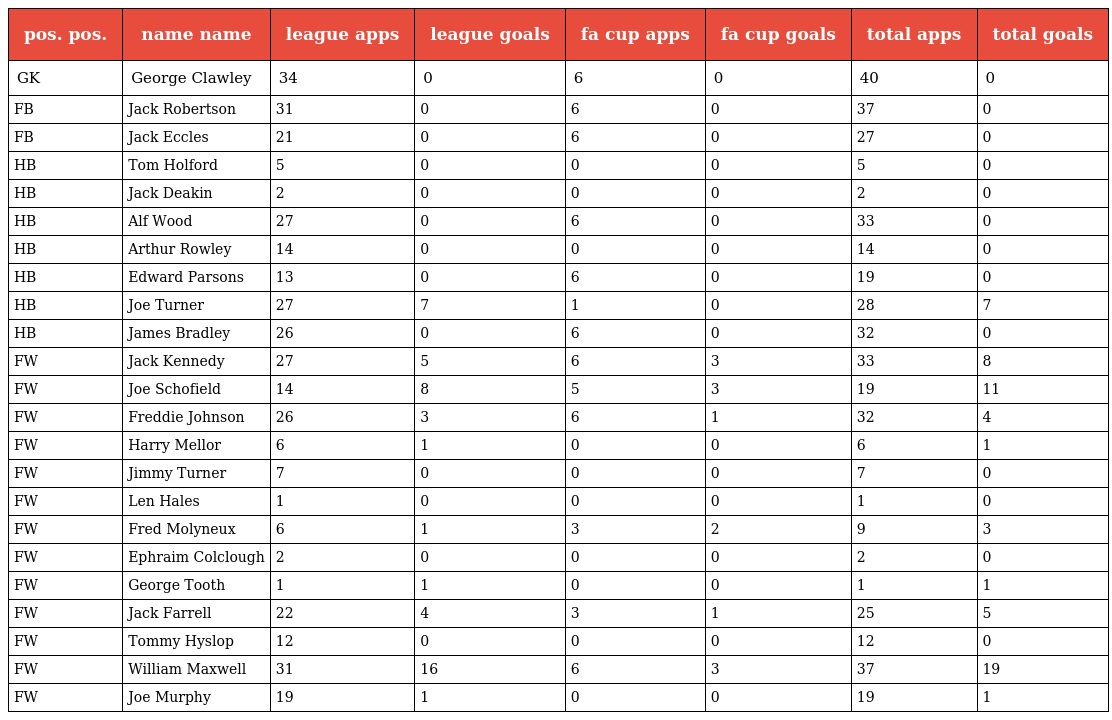
| pos. pos. | name name | league apps | league goals | fa cup apps | fa cup goals | total apps | total goals |
 | --- | --- | --- | --- | --- | --- | --- | --- |
 | GK | George Clawley | 34 | 0 | 6 | 0 | 40 | 0 |
 | FB | Jack Robertson | 31 | 0 | 6 | 0 | 37 | 0 |
 | FB | Jack Eccles | 21 | 0 | 6 | 0 | 27 | 0 |
 | HB | Tom Holford | 5 | 0 | 0 | 0 | 5 | 0 |
 | HB | Jack Deakin | 2 | 0 | 0 | 0 | 2 | 0 |
 | HB | Alf Wood | 27 | 0 | 6 | 0 | 33 | 0 |
 | HB | Arthur Rowley | 14 | 0 | 0 | 0 | 14 | 0 |
 | HB | Edward Parsons | 13 | 0 | 6 | 0 | 19 | 0 |
 | HB | Joe Turner | 27 | 7 | 1 | 0 | 28 | 7 |
 | HB | James Bradley | 26 | 0 | 6 | 0 | 32 | 0 |
 | FW | Jack Kennedy | 27 | 5 | 6 | 3 | 33 | 8 |
 | FW | Joe Schofield | 14 | 8 | 5 | 3 | 19 | 11 |
 | FW | Freddie Johnson | 26 | 3 | 6 | 1 | 32 | 4 |
 | FW | Harry Mellor | 6 | 1 | 0 | 0 | 6 | 1 |
 | FW | Jimmy Turner | 7 | 0 | 0 | 0 | 7 | 0 |
 | FW | Len Hales | 1 | 0 | 0 | 0 | 1 | 0 |
 | FW | Fred Molyneux | 6 | 1 | 3 | 2 | 9 | 3 |
 | FW | Ephraim Colclough | 2 | 0 | 0 | 0 | 2 | 0 |
 | FW | George Tooth | 1 | 1 | 0 | 0 | 1 | 1 |
 | FW | Jack Farrell | 22 | 4 | 3 | 1 | 25 | 5 |
 | FW | Tommy Hyslop | 12 | 0 | 0 | 0 | 12 | 0 |
 | FW | William Maxwell | 31 | 16 | 6 | 3 | 37 | 19 |
 | FW | Joe Murphy | 19 | 1 | 0 | 0 | 19 | 1 |